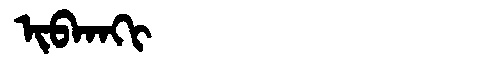
Manchu: ᡳᠪᡴᠠᡴᡳ
Romanization: IBKAKI